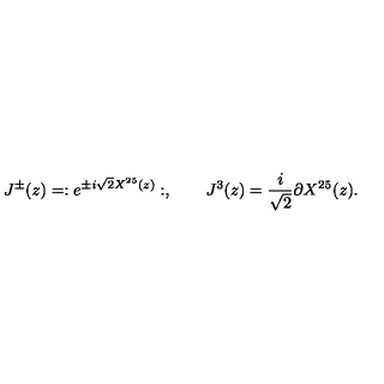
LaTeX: J ^ { \pm } ( z ) = : e ^ { \pm i \sqrt { 2 } X ^ { 2 5 } ( z ) } : , \qquad J ^ { 3 } ( z ) = \frac { i } { \sqrt { 2 } } \partial X ^ { 2 5 } ( z ) .